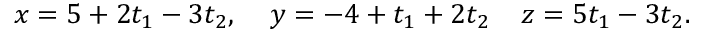
x = 5 + 2 t _ { 1 } - 3 t _ { 2 } , \; \; \; \; y = - 4 + t _ { 1 } + 2 t _ { 2 } \; \; \; \; z = 5 t _ { 1 } - 3 t _ { 2 } . \,